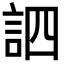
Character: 訵